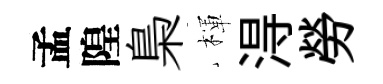
孟隍梟楎淂勞